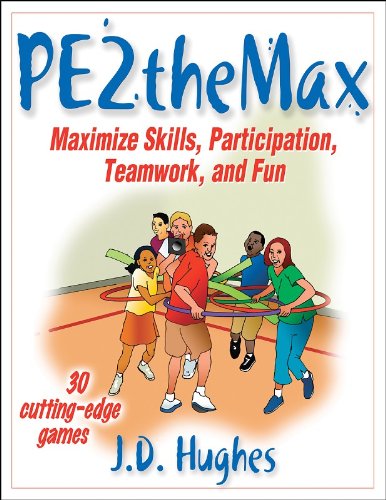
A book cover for PE2Themax: Maximize Skills, Participation, Teamwork and Fun; J.D. Hughes; Health, Fitness & Dieting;